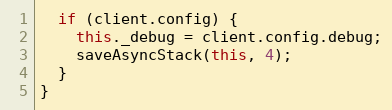
Language: JavaScript
  if (client.config) {
    this._debug = client.config.debug;
    saveAsyncStack(this, 4);
  }
}